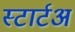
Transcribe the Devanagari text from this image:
स्टार्टअ